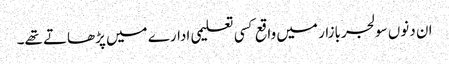
ان دنوں سولجربازار میں واقع کسی تعلیمی ادارے میں پڑھاتے تھے۔